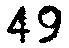
49